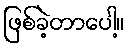
ဖြစ်ခဲ့တာပေါ့။